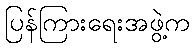
ပြန်ကြားရေးအဖွဲ့က